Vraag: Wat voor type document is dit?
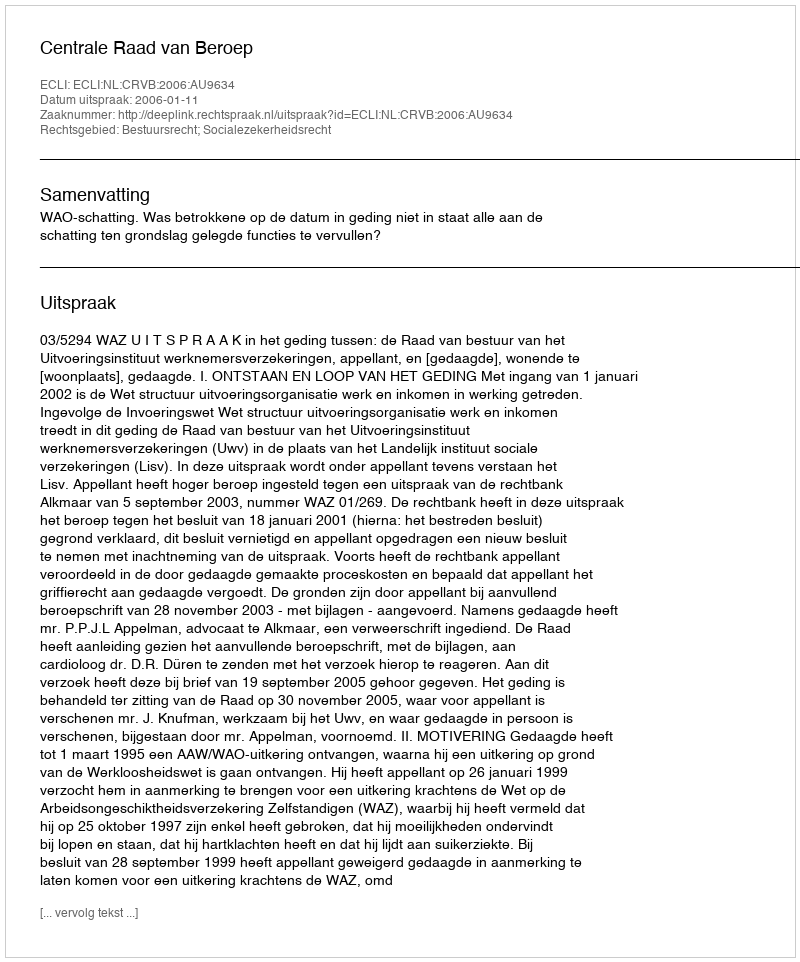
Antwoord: Uitspraak